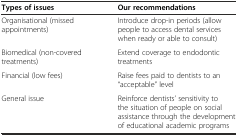
<table><thead><tr><td><b>Types of issues</b></td><td><b>Our recommendations</b></td></tr></thead><tbody><tr><td>Organisational (missed appointments)</td><td>Introduce drop-in periods (allow people to access dental services when ready or able to consult)</td></tr><tr><td>Biomedical (non-covered treatments)</td><td>Extend coverage to endodontic treatments</td></tr><tr><td>Financial (low fees)</td><td>Raise fees paid to dentists to an “acceptable” level</td></tr><tr><td>General issue</td><td>Reinforce dentists’ sensitivity to the situation of people on social assistance through the development of educational academic programs</td></tr></tbody></table>